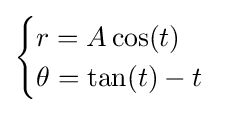
{\begin{cases}r=A\cos(t)\\\theta =\tan(t)-t\end{cases}}